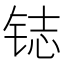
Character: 𲇽